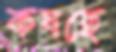
কষছে